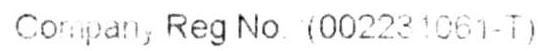
COMPAN, REG NO. (002231061-T)